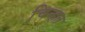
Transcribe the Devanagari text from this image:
चिन्हत